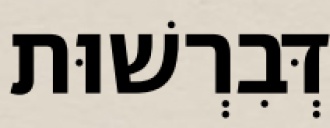
דְּבִרְשׁוּת